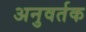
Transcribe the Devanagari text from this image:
अनुवर्तक